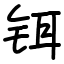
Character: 铒